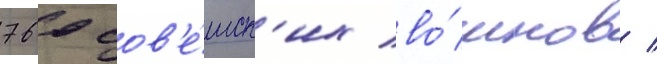
760 сов'е́тск'их во́инов /